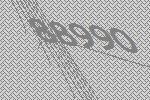
88990